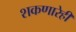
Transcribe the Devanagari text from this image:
शकणारेही